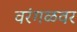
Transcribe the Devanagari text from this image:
वरंगळवर